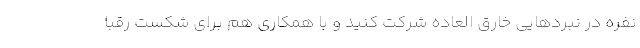
نفره در نبردهایی خارق العاده شرکت کنید و با همکاری هم برای شکست رقبا